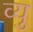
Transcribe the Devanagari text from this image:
व्यु